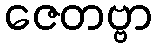
ဇေတဗ္ဗာ